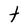
Character: t